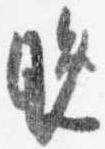
晩